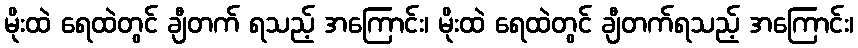
မိုးထဲ ရေထဲတွင် ချီတက် ရသည့် အကြောင်း၊ မိုးထဲ ရေထဲတွင် ချီတက်ရသည့် အကြောင်း၊